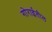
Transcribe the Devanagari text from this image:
गोराईतील